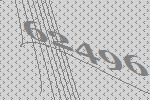
62496